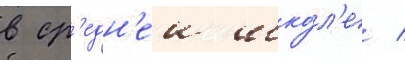
в ср'едн'еи шко́л'е /